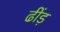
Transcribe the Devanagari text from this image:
ढींड़